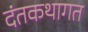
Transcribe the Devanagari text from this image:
दंतकथागत